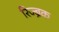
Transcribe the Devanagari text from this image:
रिज्ब्रेक